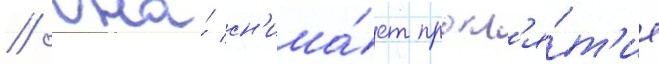
// Она́ сн'има́ет прокл'я́т'ие